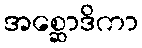
အစ္ဆောဒိကာ